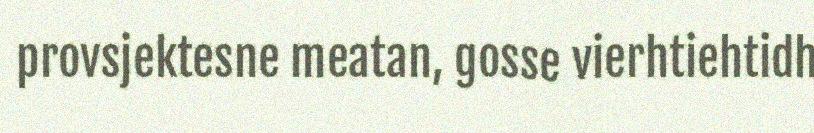
provsjektesne meatan, gosse vierhtiehtidh